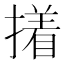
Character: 撯